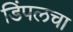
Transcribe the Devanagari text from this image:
डिंपलचा